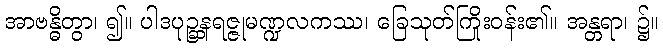
အာဗန္ဓိတွာ၊ ၍။ ပါဒပုဉ္ဆနရဇ္ဇုမဏ္ဍလကဿ၊ ခြေသုတ်ကြိုးဝန်း၏။ အန္တရာ၊ ၌။